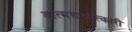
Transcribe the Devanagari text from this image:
आत्मसाक्षात्कारी